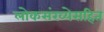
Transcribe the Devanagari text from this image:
लोकसंख्येसहित